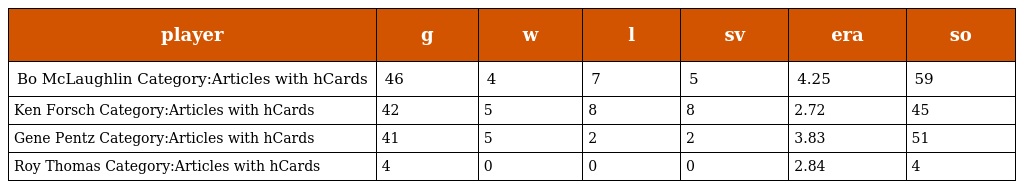
| player | g | w | l | sv | era | so |
 | --- | --- | --- | --- | --- | --- | --- |
 | Bo McLaughlin Category:Articles with hCards | 46 | 4 | 7 | 5 | 4.25 | 59 |
 | Ken Forsch Category:Articles with hCards | 42 | 5 | 8 | 8 | 2.72 | 45 |
 | Gene Pentz Category:Articles with hCards | 41 | 5 | 2 | 2 | 3.83 | 51 |
 | Roy Thomas Category:Articles with hCards | 4 | 0 | 0 | 0 | 2.84 | 4 |